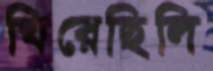
ঘিরেছিলি